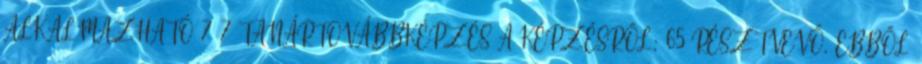
ALKALMAZHATÓ 7 7 TANÁRTOVÁBBKÉPZÉS A KÉPZÉSRŐL: 65 RÉSZTVEVŐ, EBBŐL